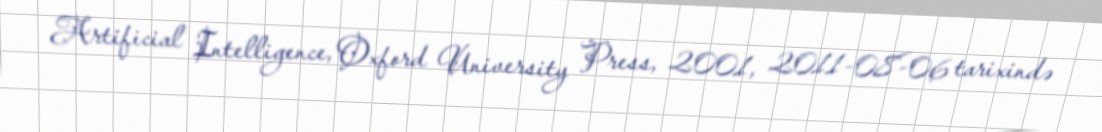
Artificial Intelligence, Oxford University Press, 2001, 2011-08-06 tarixində